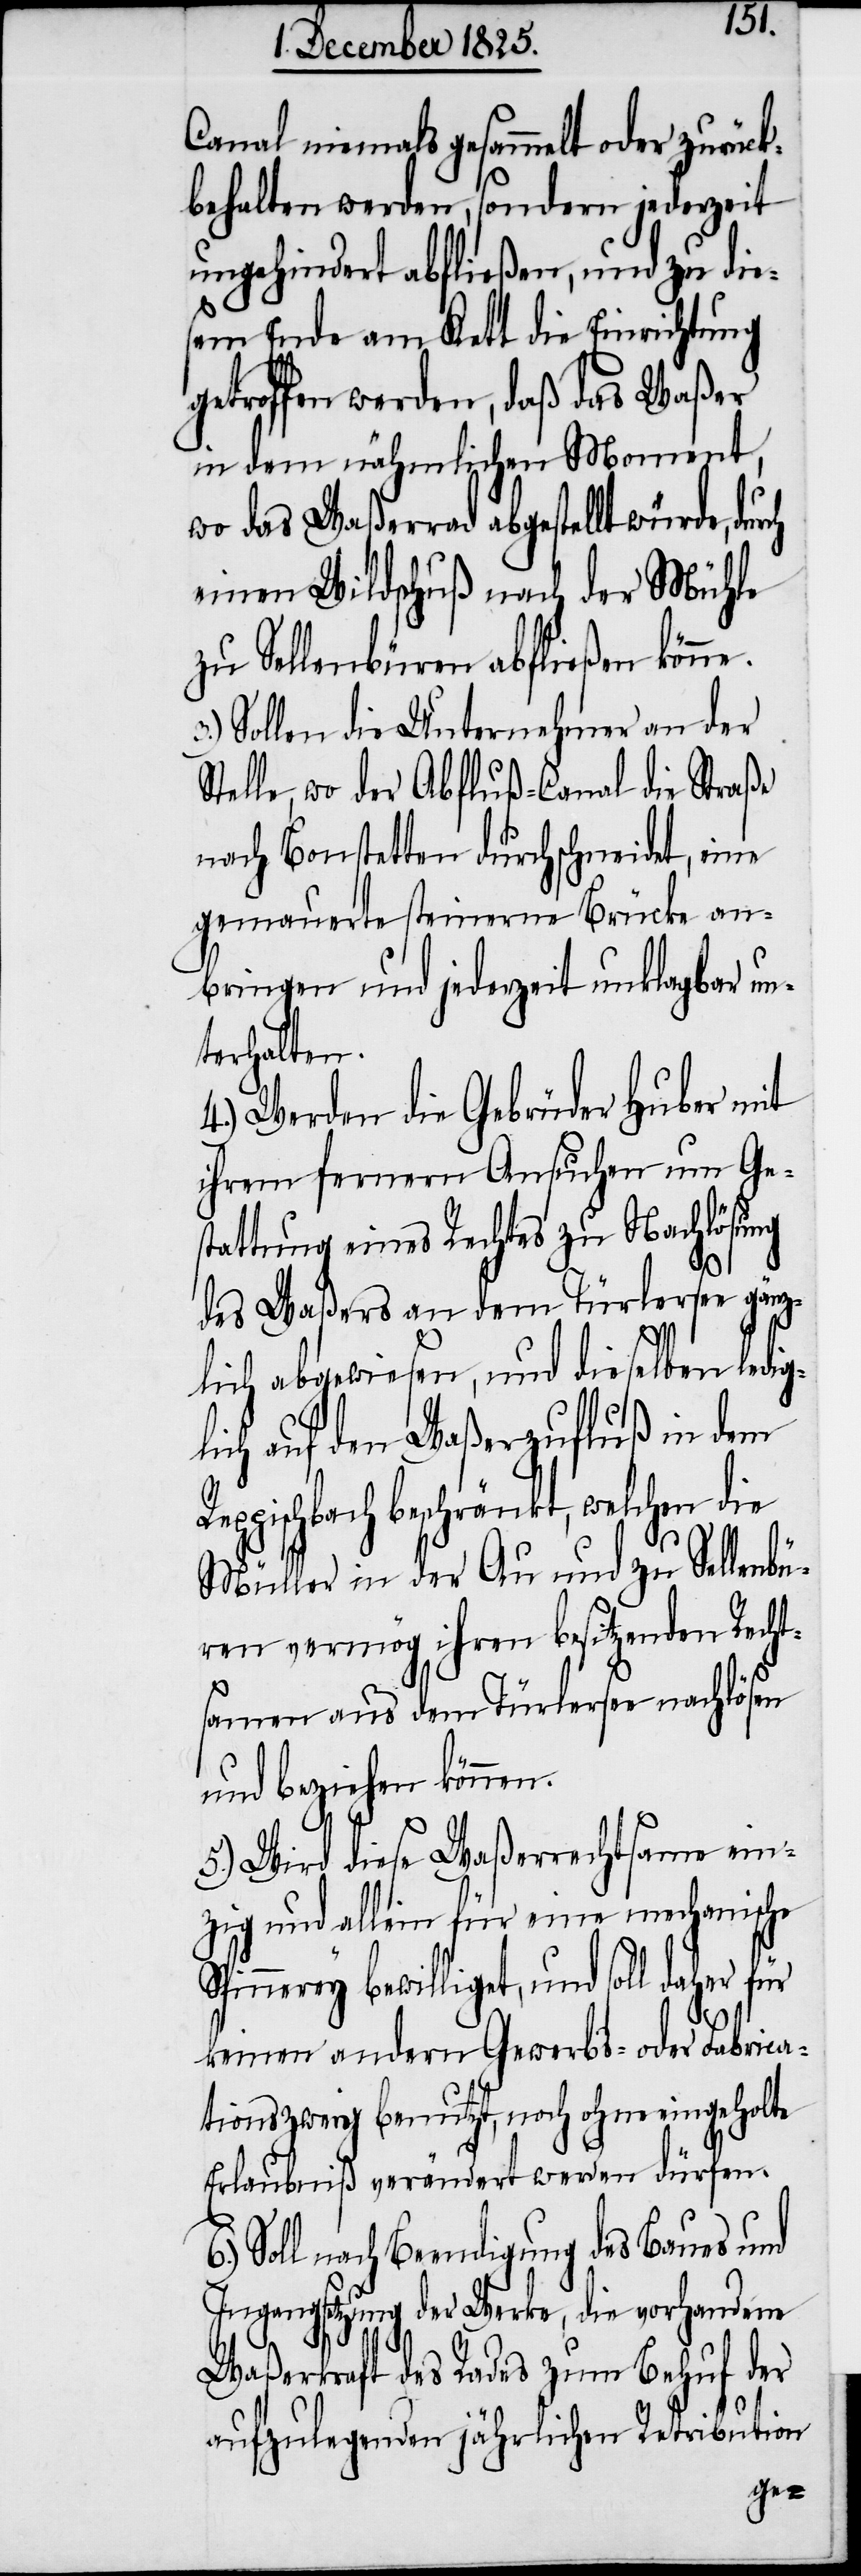
Canal niemals gesammelt oder zurück¬
behalten werden, sondern jederzeit
ungehindert abfließen, und zu die¬
sem Ende am Kett die Einrichtung
getroffen werden, daß das Waßer
in dem nähmlichen Moment,
wo das Waßerrad abgestellt würde,
einen Wildschuß nach der Mühle
zu Sellenbüren abfließen könne.
Sollen die Unternehmer an der
Stelle, wo der Abfluß-Canal die Straße
nach Bonstetten durchschneidet, eine
gemauerte steinerne Brücke an¬
bringen und jederzeit unklagbar un¬
terhalten.
4.) Werden die Gebrüder Huber mit
ihrem fernern Ansuchen um Ge¬
stattung eines Rechtes zu Nachlösung
des Waßers an dem Türlersee gänz¬
lich abgewiesen, und dieselben ledig¬
lich auf den Waßerzufluß in dem
ppischbach beschränkt, welchen die
Müller in der Au und zu Sellenbü¬
ren vermög ihren besitzenden Recht¬
samen aus dem Türlersee nachlösen
und beziehen können.
S¬
5.) Wird diese Waßerrechtsame ein¬
zig und allein für eine mechanische
pinnerey bewilliget, und soll daher
keinen andern Gewerbs- oder Fabrica¬
tionszweig benutzt, noch ohne eingeholte
Erlaubniß verändert werden dürfen.
Soll nach Beendigung des Baues und
Ingangsetzung der Werke, die vorhandene
Waßerkraft des Rades zum Behuf der
aufzulegenden jährlichen Retribution
Re¬